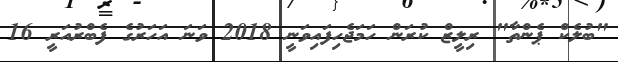
"ބުލެކް ޕެންތާ" ރިލީޒް ކުރަން ހަމަޖެހިފައިވަނީ 2018 ވަނަ އަހަރުގެ ފެބްރުއަރީ 16